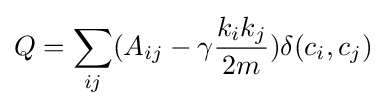
Q=\sum _{ij}(A_{ij}-\gamma {\frac {k_{i}k_{j}}{2m}})\delta (c_{i},c_{j})